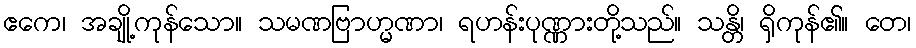
ဧကေ၊ အချို့ကုန်သော။ သမဏဗြာဟ္မဏာ၊ ရဟန်းပုဏ္ဏားတို့သည်။ သန္တိ၊ ရှိကုန်၏။ တေ၊